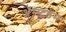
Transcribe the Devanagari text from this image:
अॅम्स्टडॅम